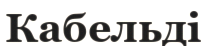
Кабельді